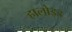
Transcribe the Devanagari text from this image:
हालोइड